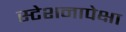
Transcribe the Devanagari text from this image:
स्टेशनापेक्षा